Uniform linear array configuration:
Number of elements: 32
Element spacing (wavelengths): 0.5
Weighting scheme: uniform
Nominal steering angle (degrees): -30
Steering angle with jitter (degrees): -30.406
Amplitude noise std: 0.05
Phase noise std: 0.05

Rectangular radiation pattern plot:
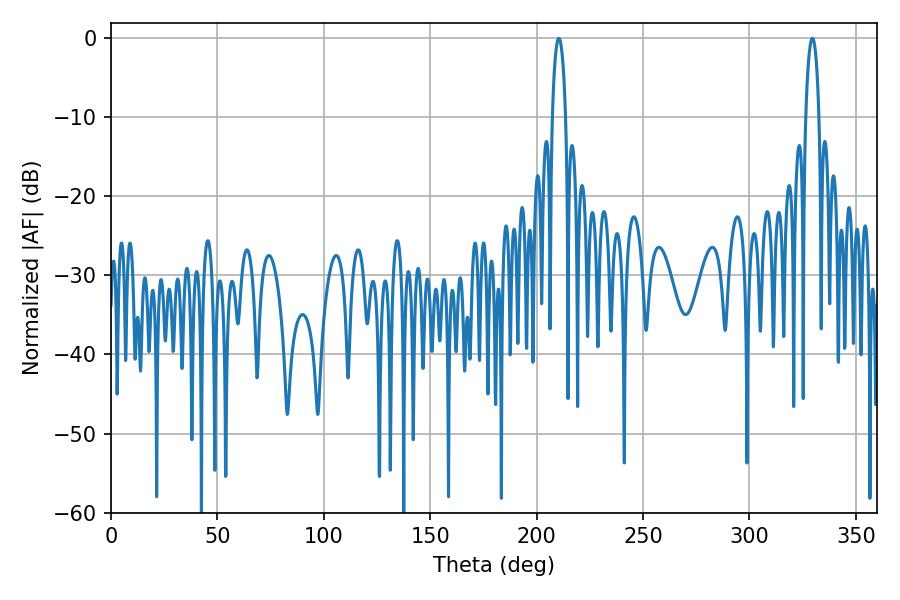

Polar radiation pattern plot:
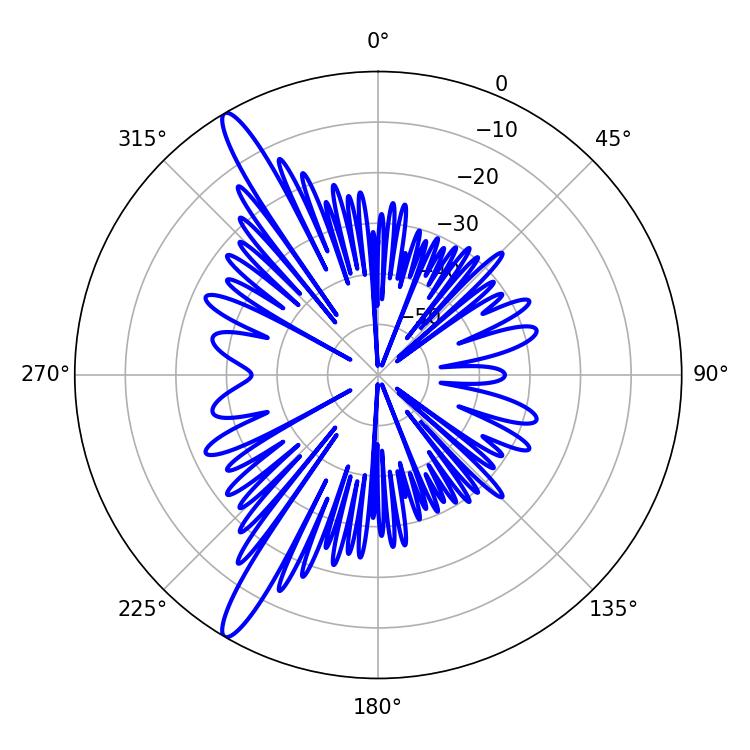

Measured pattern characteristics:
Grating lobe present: FALSE
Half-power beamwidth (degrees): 3.6
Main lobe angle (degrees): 210.42